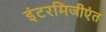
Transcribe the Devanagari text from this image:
इंटरमिजीएंत